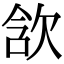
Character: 𣢺